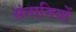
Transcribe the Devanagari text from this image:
संनानियों